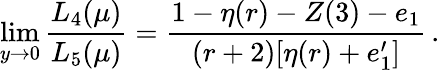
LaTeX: \operatorname*{lim}_{y\to 0}\frac{L_{4}(\mu)}{L_{5}(\mu)}=\frac{1-\eta(r)-Z(3)-e_{1}}{(r+2)[\eta(r)+e_{1}^{\prime}]}\, .